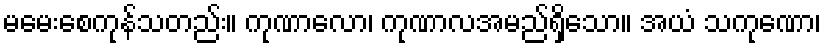
မမေးစေကုန်သတည်း။ ကုဏာလော၊ ကုဏာလအမည်ရှိသော။ အယံ သကုဏော၊